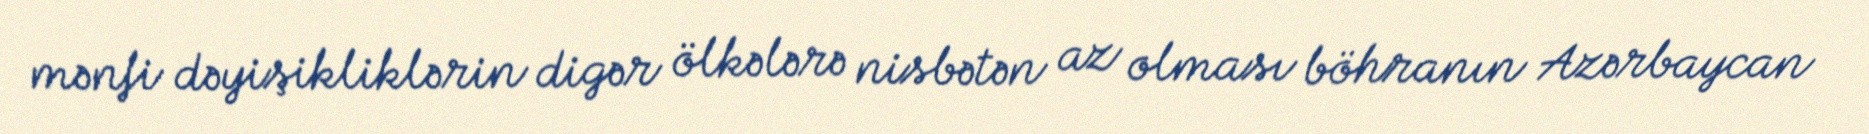
mənfi dəyişikliklərin digər ölkələrə nisbətən az olması böhranın Azərbaycan